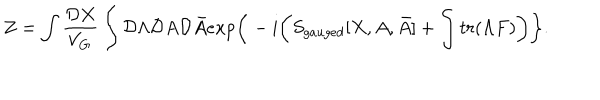
LaTeX: Z = \int { \frac { { \cal D } X } { V _ { \bf G } } } \int { \cal D } \Lambda { \cal D } A { \cal D } \bar { A } e x p \bigg \{ - i \bigg ( S _ { g a u g e d } [ X , A , \bar { A } ] + \int t r ( \Lambda F ) \bigg ) \bigg \} .